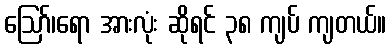
ဪ၊ရော အားလုံး ဆိုရင် ၃၈ ကျပ် ကျတယ်။